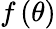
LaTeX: f\left(\theta\right)